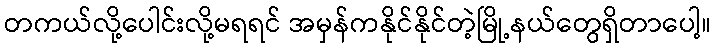
တကယ်လို့ပေါင်းလို့မရရင် အမှန်ကနိုင်နိုင်တဲ့မြို့နယ်တွေရှိတာပေါ့။